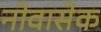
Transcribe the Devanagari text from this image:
नोवासेक